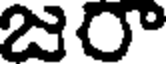
జరా